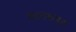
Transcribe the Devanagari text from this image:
बालरूपात